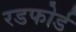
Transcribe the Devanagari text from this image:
रडफोर्ड